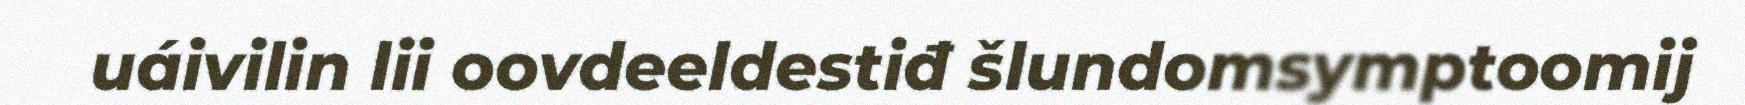
uáivilin lii oovdeeldestiđ šlundomsymptoomij